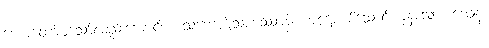
ဟောတော်မူသော်လည်းကောင်း။ ဒသကောဋိသဟဿာနံ၊ ကုဋေတစ်သောင်းကုန်သော။ ဒေဝါနံ၊